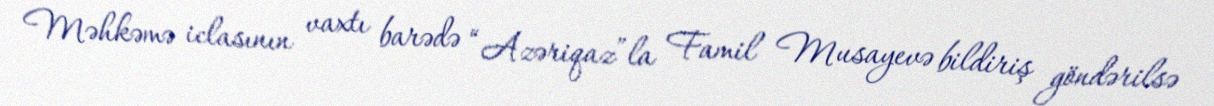
Məhkəmə iclasının vaxtı barədə “Azəriqaz”la Famil Musayevə bildiriş göndərilsə